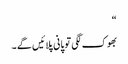
“
بھوک لگی تو پانی پلائیں گے ۔